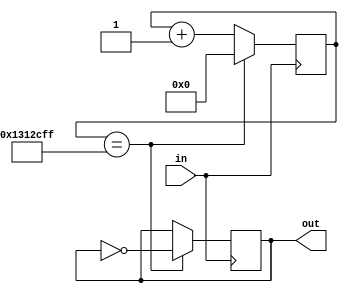
`timescale 1ns / 1ps

module FrequencyDivider (
    out,
    in
);
    output out;
    input in;
    
    reg out;
    
    reg [25:0] counter = 0;
    always @ (posedge in)
    begin
        if (counter == 20_000_000 - 1)
        begin
            counter <= 0;
            out <= ~out;
        end
        else
        begin
            counter <= counter + 1;
        end
    end
endmodule